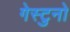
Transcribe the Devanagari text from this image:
गेस्टुनो